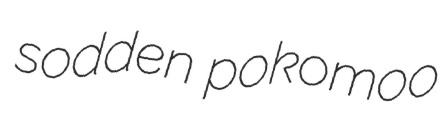
sodden pokomoo